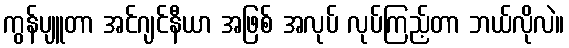
ကွန်ပျူတာ အင်ဂျင်နီယာ အဖြစ် အလုပ် လုပ်ကြည့်တာ ဘယ်လိုလဲ။